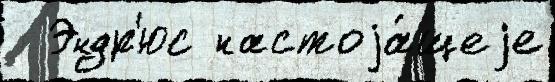
  Эндр'юс настоjа́щеjе